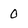
Character: 0